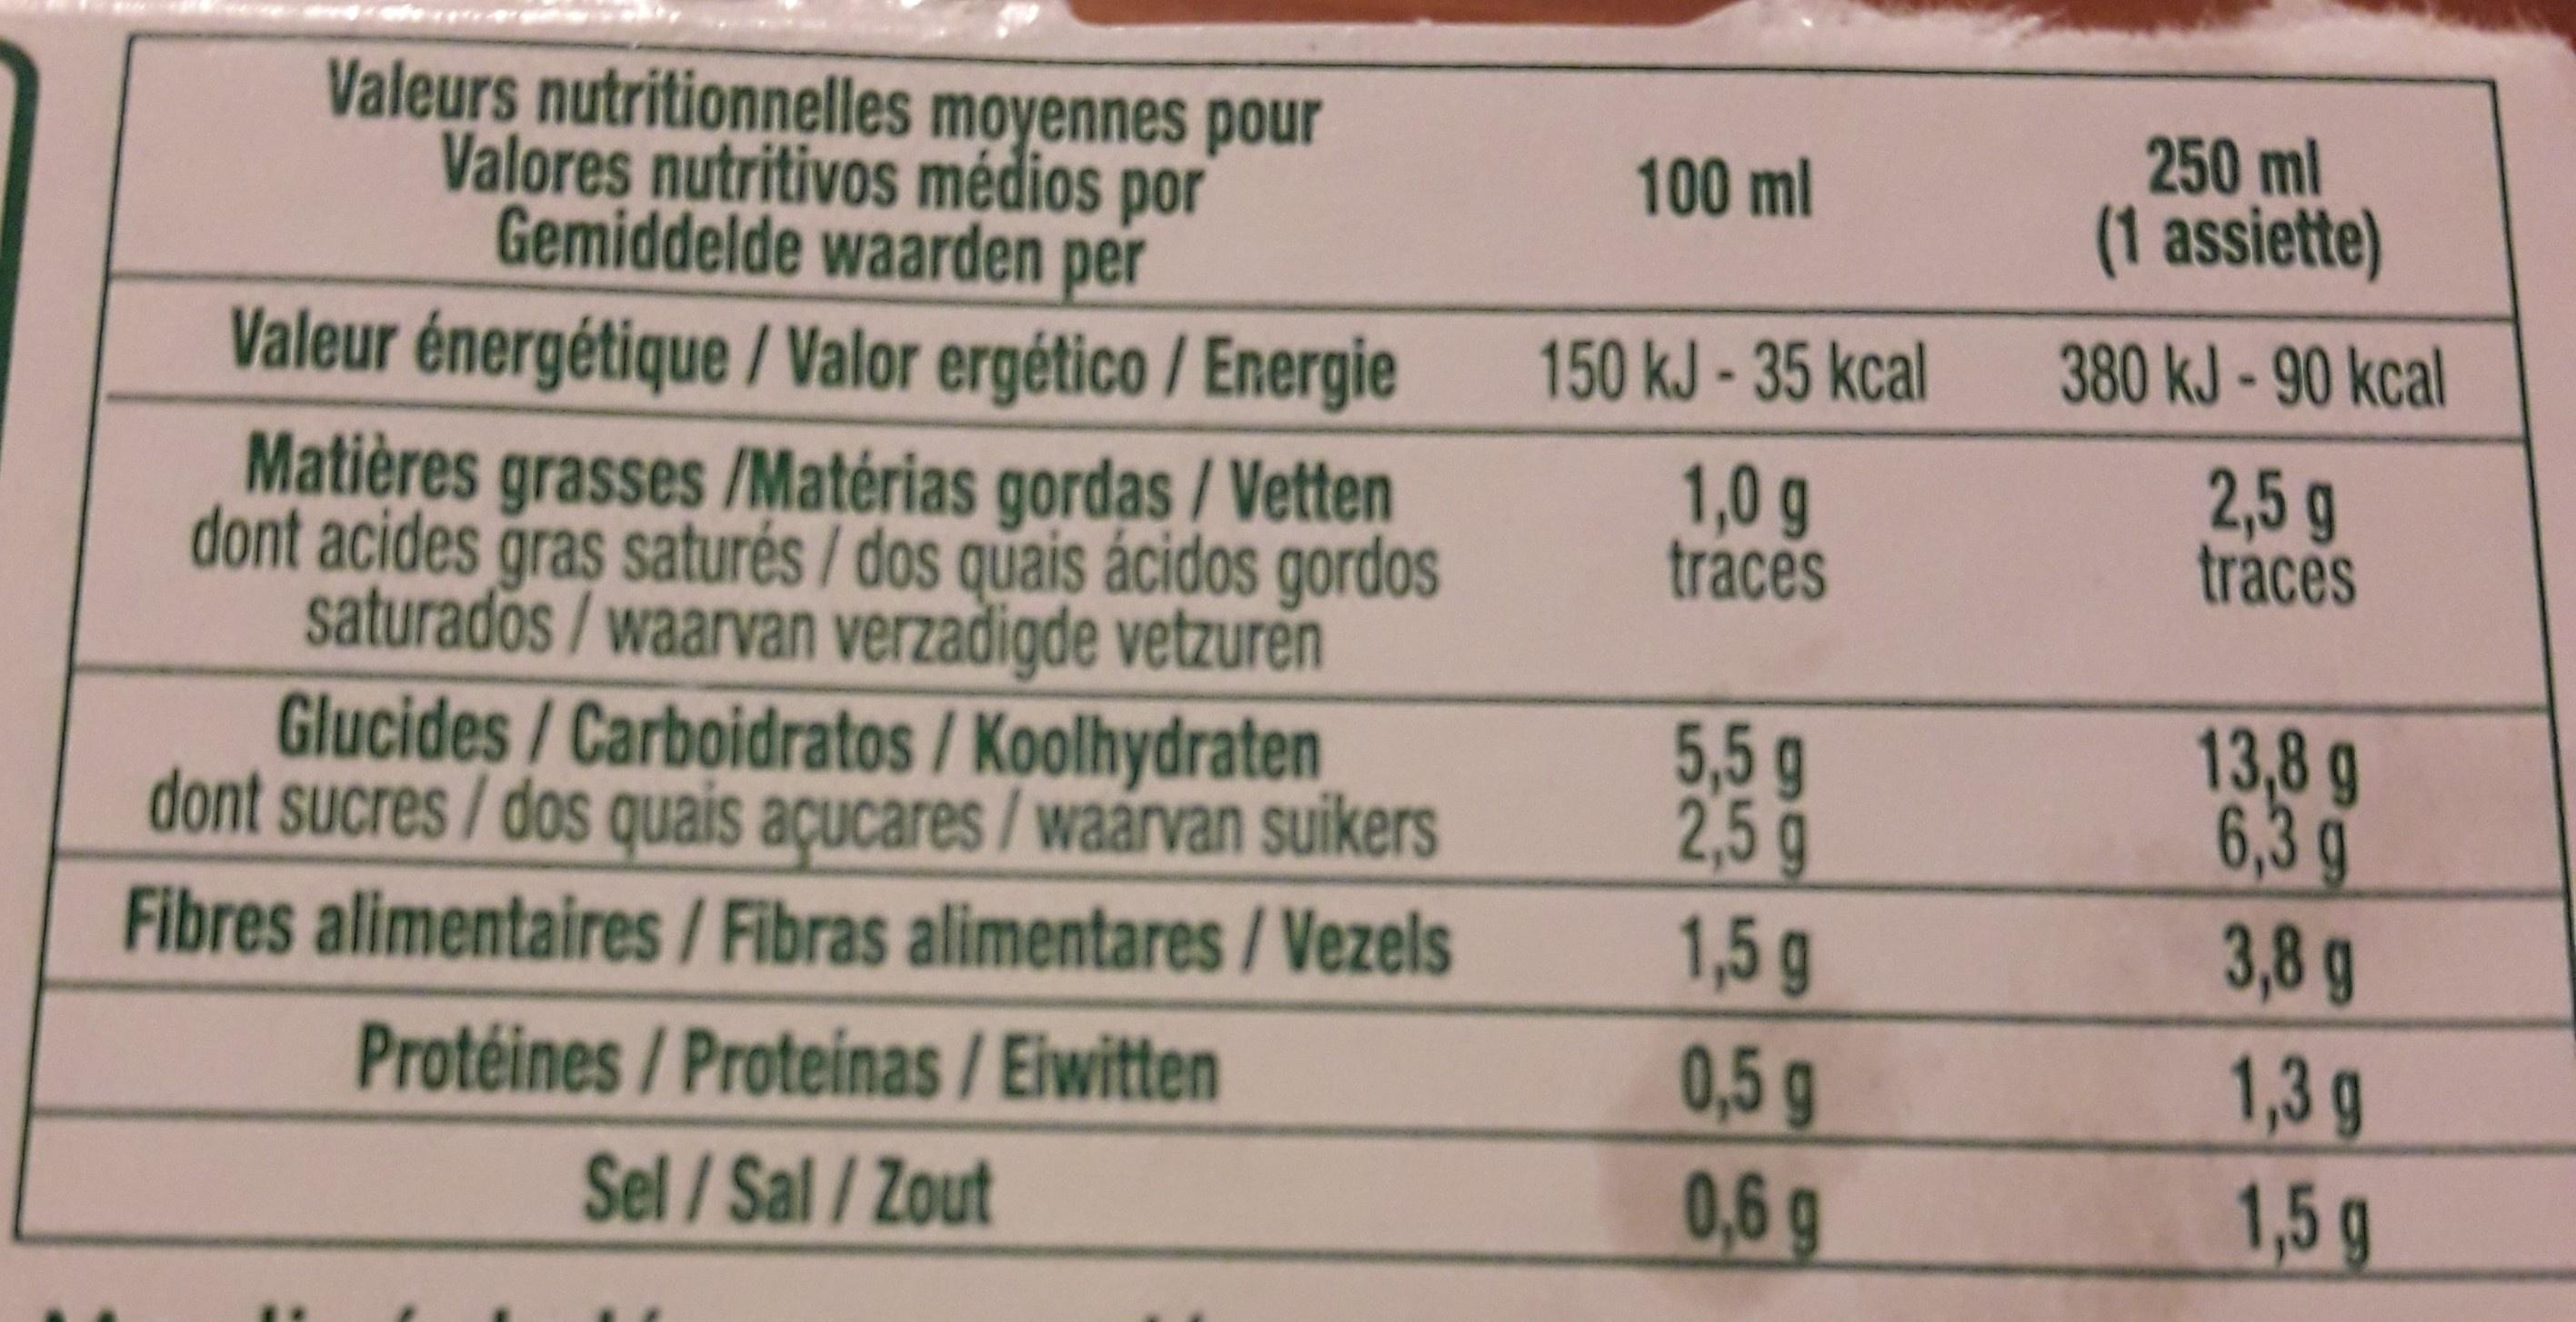
Valeurs nutritionnelles moyennes pour Valores nutritivos médios por Gemiddelde waarden per
250ml (1 assiette)
100 ml
Valeur énergétique / Valor ergético /Energie
150 kJ - 35 kcal
380 kJ-90 kcal
1,0g traces
2,5 g tráces
Matières grasses /Matérias gordas /Vetten dont acides gras saturés / dos quais ácidos gordos saturados / waarvan verzadigde vetzuren Glucides/Carboidratos / Koolhydraten dont sucres/dos quais açucares / waanrvan suikers
5,5g 2,5g 1,5g
13,8 g 6,3g 3,8g
Fibres alimentaires /Fibras alimentares/Vezels
0,5 g 0,6g
1,3g 1,5g
Protéines/Proteinas/ Eiwitten
Sel/Sal/Zout